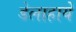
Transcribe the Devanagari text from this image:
डेलाहाये